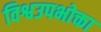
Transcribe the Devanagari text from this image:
विश्वउपभोक्ता